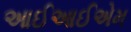
આઈઆઈએમ